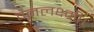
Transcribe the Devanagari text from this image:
वनलक्ष्मी।